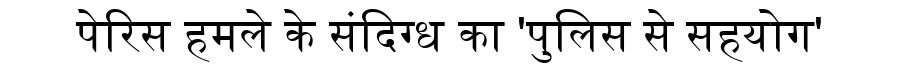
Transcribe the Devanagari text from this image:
पेरिस हमले के संदिग्ध का 'पुलिस से सहयोग'